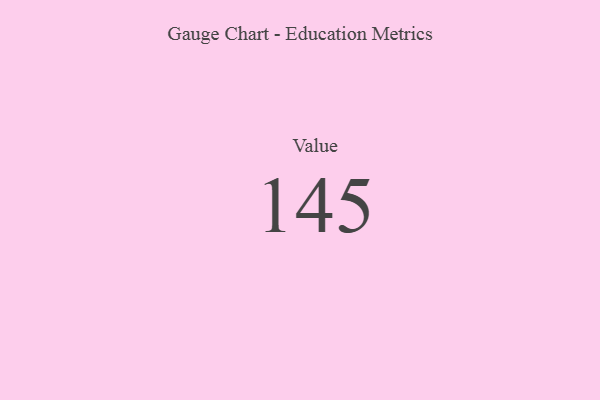
{"axis": {"x": "Metric", "y": "Value"}, "legend": [""], "data": [{"x": "Value", "y": 145, "type": ""}]}